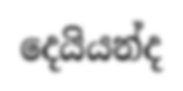
දෙයියන්ද